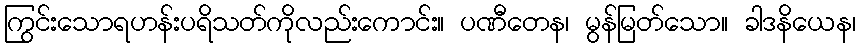
ကြွင်းသောရဟန်းပရိသတ်ကိုလည်းကောင်း။ ပဏီတေန၊ မွန်မြတ်သော။ ခါဒနိယေန၊